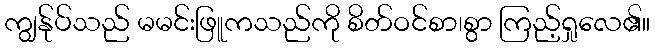
ကျွန်ုပ်သည် မမင်းဖြူကသည်ကို စိတ်ဝင်စာ၊စွာ ကြည့်ရှုလေ၏။